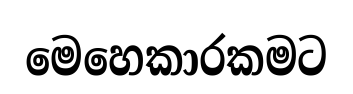
මෙහෙකාරකමට